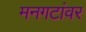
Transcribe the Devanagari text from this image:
मनगटांवर